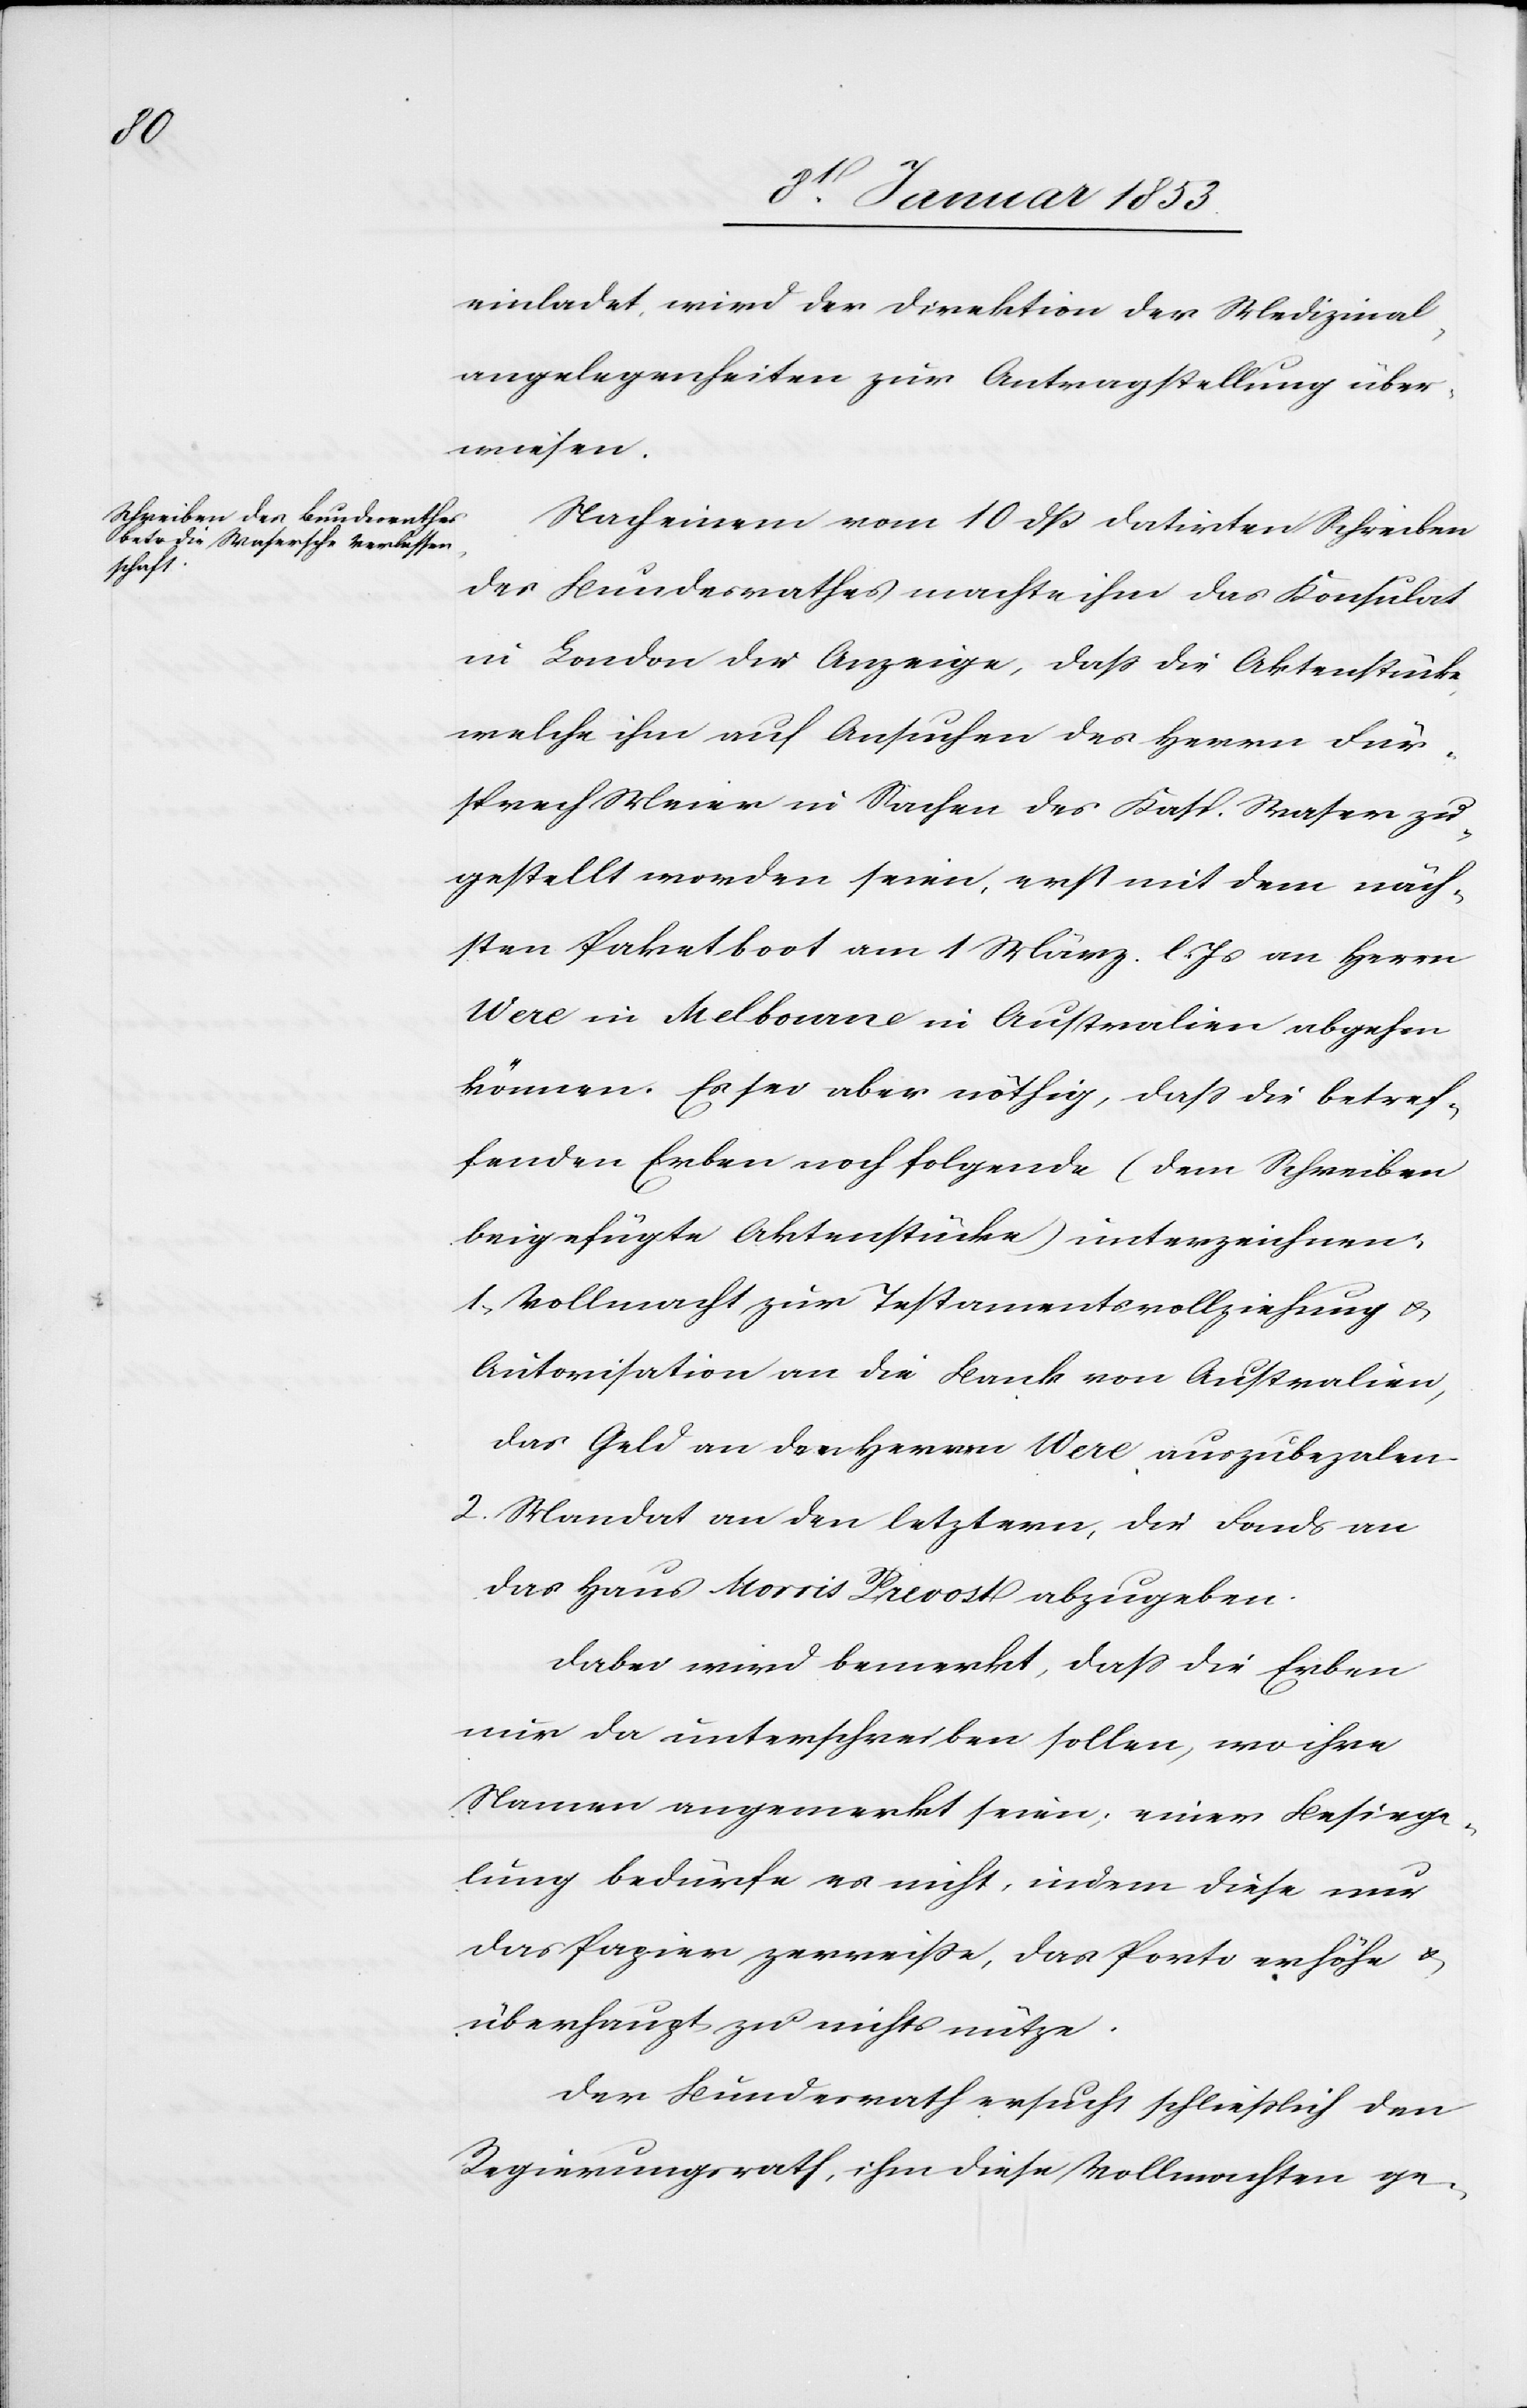
den

11 Januar 1853.]
einladet, wird der Direktion der Medizinal¬
angelegenheiten zur Antragstellung über¬
wiesen.
Nach einem vom 10 dß datirten Schreiben
des Bundesrathes machte ihm das Konsulat
in London die Anzeige, daß die Aktenstücke
welche ihm auf Ansuchen des Herrn Für¬
sprech Meier in Sachen des Kasp. Waser zu¬
gestellt worden seien, erst mit dem näch¬
sten Paketboot am 1 März l. Js. an Herrn
Were in Melbourne in Australien abgehen
können. Es sei aber nöthig, dass die betref¬
fenden Erben folgende (dem Schreiben
beigefügten Aktenstücke) unterzeichnen.
1. Vollmacht zur Testamentsvollziehung u.
Autorisation an die Bank von Australien,
das Geld an den Herrn Were auszubezalen.
2. Mandat an den letztern, die Fonds an
das Haus Morris Pierost abzugeben.
Dabei wird bemerkt, daß die Erben
nur da unterschreiben sollen, wo ihre
Namen angemerkt seien; einer Besiege¬
lung bedürfe es nicht, indem diese nur
das Papier zerreiße, das Konto erhöhe u.
überhaupt zu nichts nütze.
Der Leumdenrath ersucht schließlich den
Regierungsrath, ihm diese Vollmachten ge-